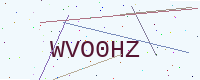
Text: WVO0HZ